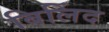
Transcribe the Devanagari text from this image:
बिलिंद